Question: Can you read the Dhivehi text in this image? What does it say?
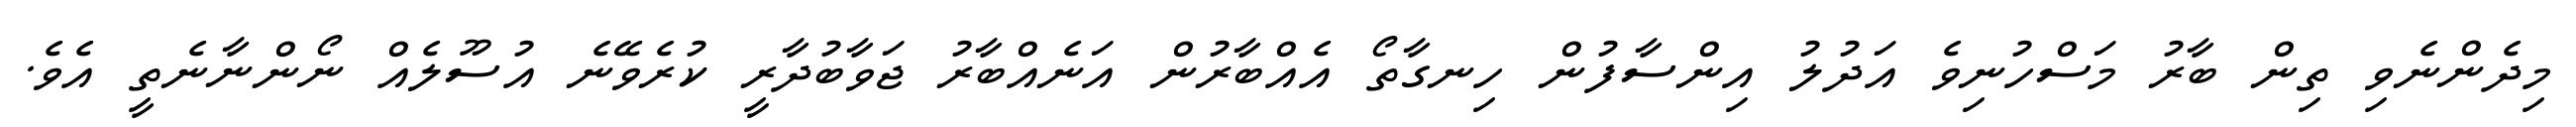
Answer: މިދެންނެވި ތިން ބާރު މަސްހުނިވެ އަދުލު އިންސާފުން ހިނގާތޯ އެއްބާރުން އަނެއްބާރު ޖަވާބުދާރީ ކުރެވޭނެ އުސޫލެއް ނޯންނާނެތީ އެވެ.